Lunatic asylums in Bengal annual reports 1888-1898 - 1888-1898
Year: 1888
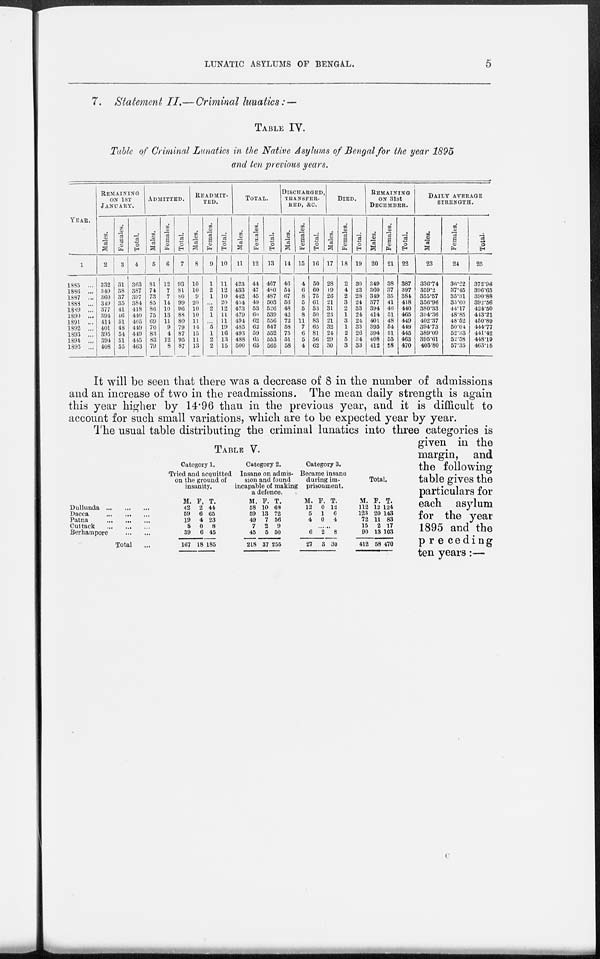
LUNATIC ASYLUMS OF BENGAL.
5
7. Statement II.— Criminal lunatics: —
TABLE IV.
Table of Criminal Lunatics in the Native Asylums of Bengal for the year 1895
and ten previous years.
YEAR.
1
1885 ...
1886 ...
1887...
1888 ...
1889 ...
1890 ...
1891 ...
1892 ...
1893 ...
1894
...
1395 ...
REMAINING
ON 1ST
JANUARY.
Males.
2
332
349
360
349
377
394
414
401
395
394
408
Females.
3
31
38
37
35
41
46
51
48
54
51
55
Total.
4
363
387
397
384
418
440
465
449
449
445
463
ADMITTED.
Males.
5
81
74
73
85
86
75
69
70
83
83
79
Females.
6
12
7
7
14
10
13
11
9
4
12
8
Total.
7
93
81
80
99
96
88
80
79
87
95
87
READMIT-
---.
Males.
8
10
10
9
20
10
10
11
14
15
11
13
Females.
9
1
2
1
...
2
1
...
5
1
2
2
Total.
10
11
12
10
20
12
11
11
19
16
13
15
TOTAL.
Males.
11
423
433
442
454
473
479
494
485
493
488
500
Females.
12
44
47
45
49
53
60
62
62
59
65
65
Total.
13
467
480
487
503
526
539
556
547
552
553
565
DISCHARGED
TRANSFER-
---, &c.
Males.
14
46
54
67
56
48
42
72
58
75
51
58
Females.
15
4
6
8
5
5
8
11
7
6
5
4
Total.
16
50
60
75
61
53
50
83
65
81
56
62
DIED.
Males.
17
28
19
26
21
31
23
21
32
24
29
30
Females.
18
2
4
2
3
2
1
3
1
2
5
3
Total.
19
30
23
28
24
33
24
24
33
26
34
33
REMAINING
ON 31st
DECEMBER.
Males.
20
349
360
349
377
394
414
401
395
394
408
412
Females.
21
88
37
35
41
46
51
48
54
51
55
58
Total.
22
387
397
384
418
440
465
449
449
445
463
470
DAILY AVERAGE
STRENGTH.
Males.
23
336.74
359.2
355.57
356.96
380.33
394.36
402.37
394.73
389.09
395.61
405.80
Females.
24
36.22
37.45
35.31
35.60
44.17
48.85
48.52
50.04
52.33
52.58
57.35
Total.
25
372.96
396.65
390.88
392.56
424.50
443.21
450.89
444.77
441.42
448.19
463.15
TABLE V.
Dullunda
...
...
...
Dacca
...
...
...
Patna
...
...
...
Cuttack
...
...
...
Berhampore
...
...
Total ...
Category 1.
Tried and acquitted
on the ground of
insanity.
M.
42
59
19
8
39
167
F.
2
6
4
0
6
18
T.
44
65
23
8
45
185
Category 2.
Insane on admis-
sion and found
incapable of making
a defence.
M.
58
59
49
7
45
218
F.
10
13
7
2
5
37
T.
68
72
56
9
50
255
Category 3.
Became insane
during im-
prisonment.
M.
12
5
4
F.
0
1
0
T.
12
6
4
......
6
27
2
3
8
30
Total.
M.
112
123
72
15
90
412
F.
12
20
11
2
13
58
T.
124
143
83
17
103
470
It will be seen that there was a decrease of 8 in the number of admissions
and an increase of two in the readmissions. The mean daily strength is again
this year higher by 14.96 than in the previous year, and it is difficult to
account for such small variations, which are to be expected year by year.
The usual table distributing the criminal lunatics into three categories is
given in the
margin, and
the following
table gives the
particulars for
each asylum
for the year
1895 and the
preceding
ten years:—